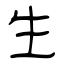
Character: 生